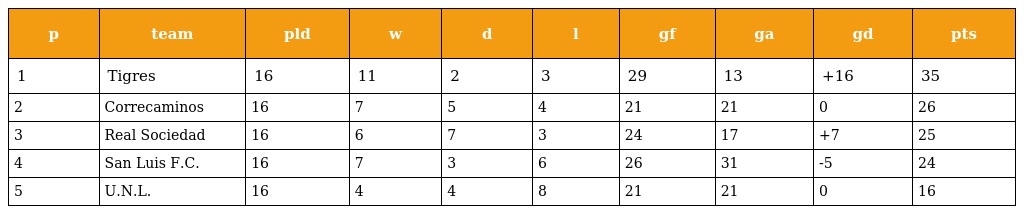
| p | team | pld | w | d | l | gf | ga | gd | pts |
 | --- | --- | --- | --- | --- | --- | --- | --- | --- | --- |
 | 1 | Tigres | 16 | 11 | 2 | 3 | 29 | 13 | +16 | 35 |
 | 2 | Correcaminos | 16 | 7 | 5 | 4 | 21 | 21 | 0 | 26 |
 | 3 | Real Sociedad | 16 | 6 | 7 | 3 | 24 | 17 | +7 | 25 |
 | 4 | San Luis F.C. | 16 | 7 | 3 | 6 | 26 | 31 | -5 | 24 |
 | 5 | U.N.L. | 16 | 4 | 4 | 8 | 21 | 21 | 0 | 16 |